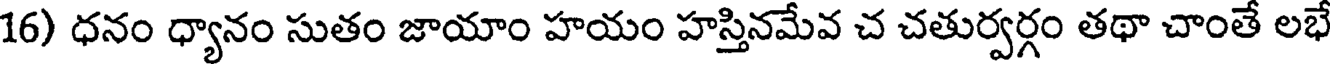
16) ధనం ధ్యానం సుతం జాయాం హయం హస్తినమేవ చ చతుర్వర్గం తథా చాంతే లభే